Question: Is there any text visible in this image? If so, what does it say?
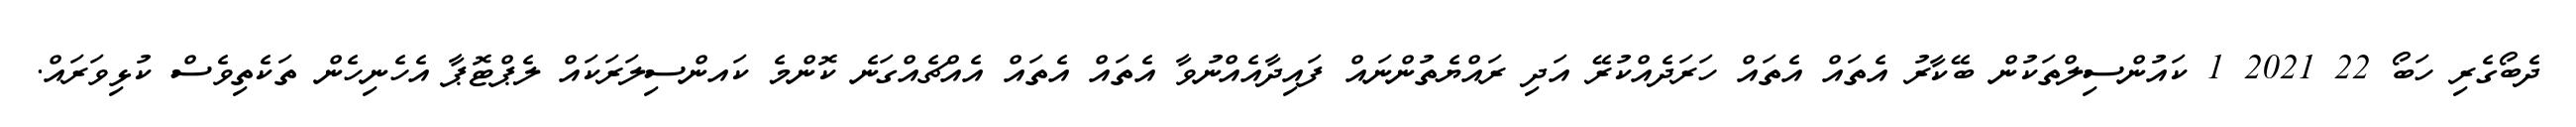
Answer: ދެބޯގެރި ހަބޯ 22 2021 1 ކައުންސިލްތަކުން ބޭކާރު އެތައް އެތައް ހަރަދެއްކުރޭ އަދި ރައްޔެތުންނައް ފައިދާއެއްނުވާ އެތައް އެތައް އެއްޗެއްގަނެ ކޮންމެ ކައންސިލަރަކައް ލެޕްޓޮޕާ އެހެނިހެން ތަކެތިވެސް ކުޅިވަރައް.